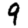
Digit: 9